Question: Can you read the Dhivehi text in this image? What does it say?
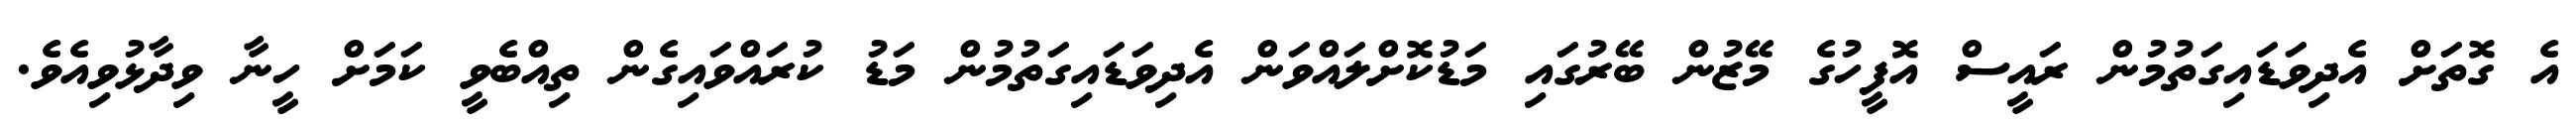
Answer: އެ ގޮތަށް އެދިވަޑައިގަތުމުން ރައީސް އޮފީހުގެ މޭޒުން ބޭރުގައި މަޑުކޮށްލައްވަން އެދިވަޑައިގަތުމުން މަޑު ކުރައްވައިގެން ތިއްބެވީ ކަމަށް ހީނާ ވިދާޅުވިއެވެ.